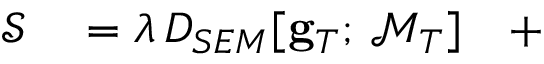
\begin{array} { r l } { \mathcal { S } } & { { } = \lambda \, D _ { S E M } [ { \bf g } _ { T } ; \, \mathcal { M } _ { T } ] \quad + } \end{array}